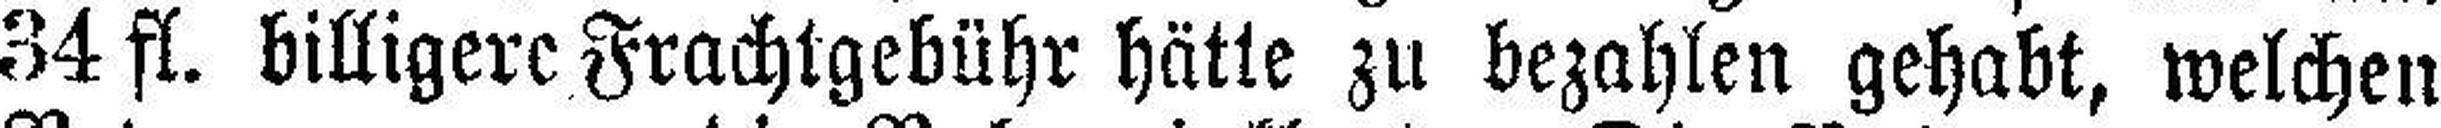
34 fl. billigere Frachtgebühr hätte zu bezahlen gehabt, welchen